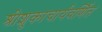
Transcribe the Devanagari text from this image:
श्रीशुकाचार्यवर्णित